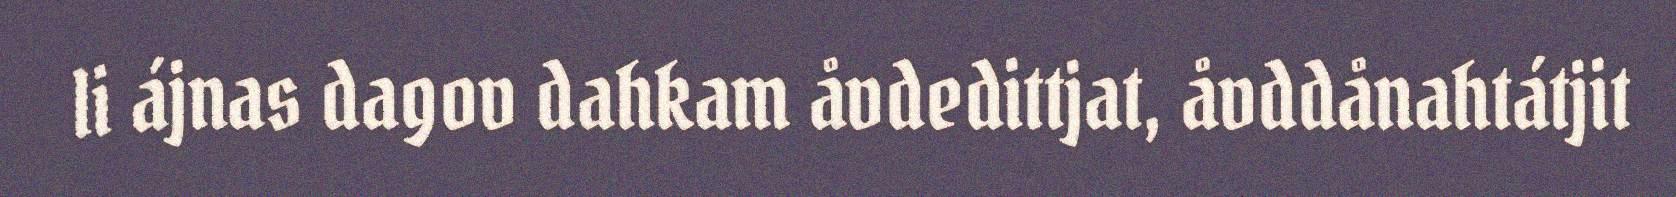
li ájnas dagov dahkam åvdedittjat, åvddånahtátjit